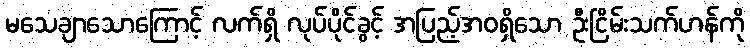
မသေချာသောကြောင့် လက်ရှိ လုပ်ပိုင်ခွင့် အပြည့်အဝရှိသော ဦးငြိမ်းသက်ဟန်ကို